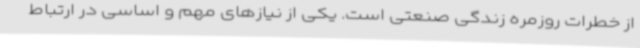
از خطرات روزمره زندگی صنعتی است. یکی از نیازهای مهم و اساسی در ارتباط